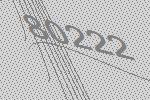
80222